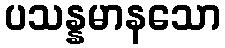
ပသန္နမာနသော